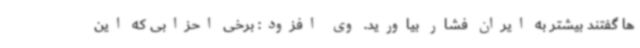
ها گفتند بیشتر به ایران فشار بیاورید. وی افزود: برخی احزابی که این